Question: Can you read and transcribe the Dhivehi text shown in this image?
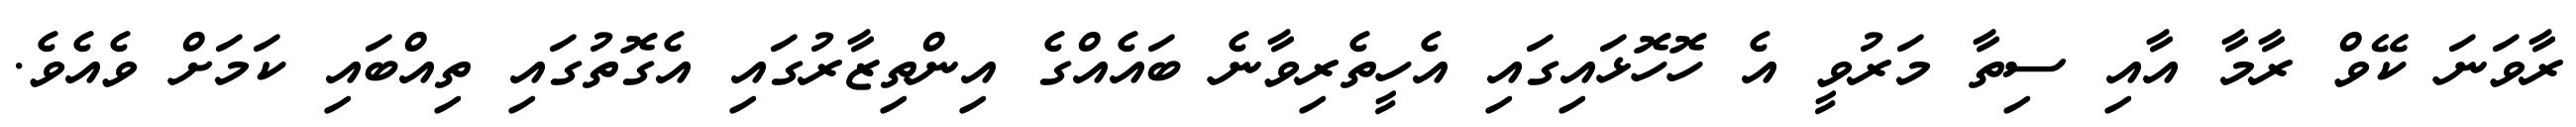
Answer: ރާވަނަ ކޭވް ރާމާ އާއި ސިތާ މަރުވީ އެ ހޮހޮޅައިގައި އެހީތެރިވާނެ ބައެއްގެ އިންތިޒާރުގައި އެގޮތުގައި ތިއްބައި ކަމަށް ވެއެވެ.